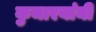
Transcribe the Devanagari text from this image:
कुमारयांनी